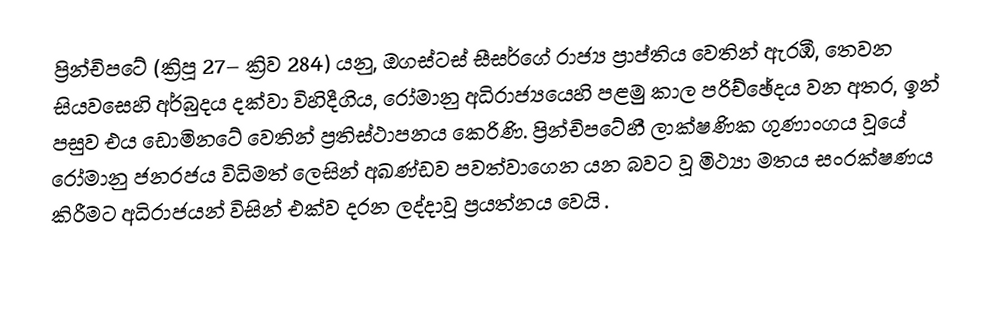
ප්‍රින්චිපටේ (ක්‍රිපූ 27– ක්‍රිව 284) යනු,  ඔගස්ටස් සීසර්ගේ රාජ්‍ය ප්‍රාප්තිය වෙතින් ඇරඹී, තෙවන සියවසෙහි  අර්බුදය දක්වා විහිදීගිය,  රෝමානු අධිරාජ්‍යයෙහි පළමු කාල පරිච්ඡේදය වන අතර, ඉන් පසුව  එය ඩොමිනටේ වෙතින් ප්‍රතිස්ථාපනය කෙරිණි. ප්‍රින්චිපටේහී ලාක්ෂණික ගුණාංගය වූයේ  රෝමානු ජනරජය විධිමත් ලෙසින් අඛණ්ඩව පවත්වාගෙන යන බවට වූ මිථ්‍යා මතය සංරක්ෂණය කිරීමට අධිරාජයන් විසින් එක්ව  දරන ලද්දාවූ ප්‍රයත්නය වෙයි .